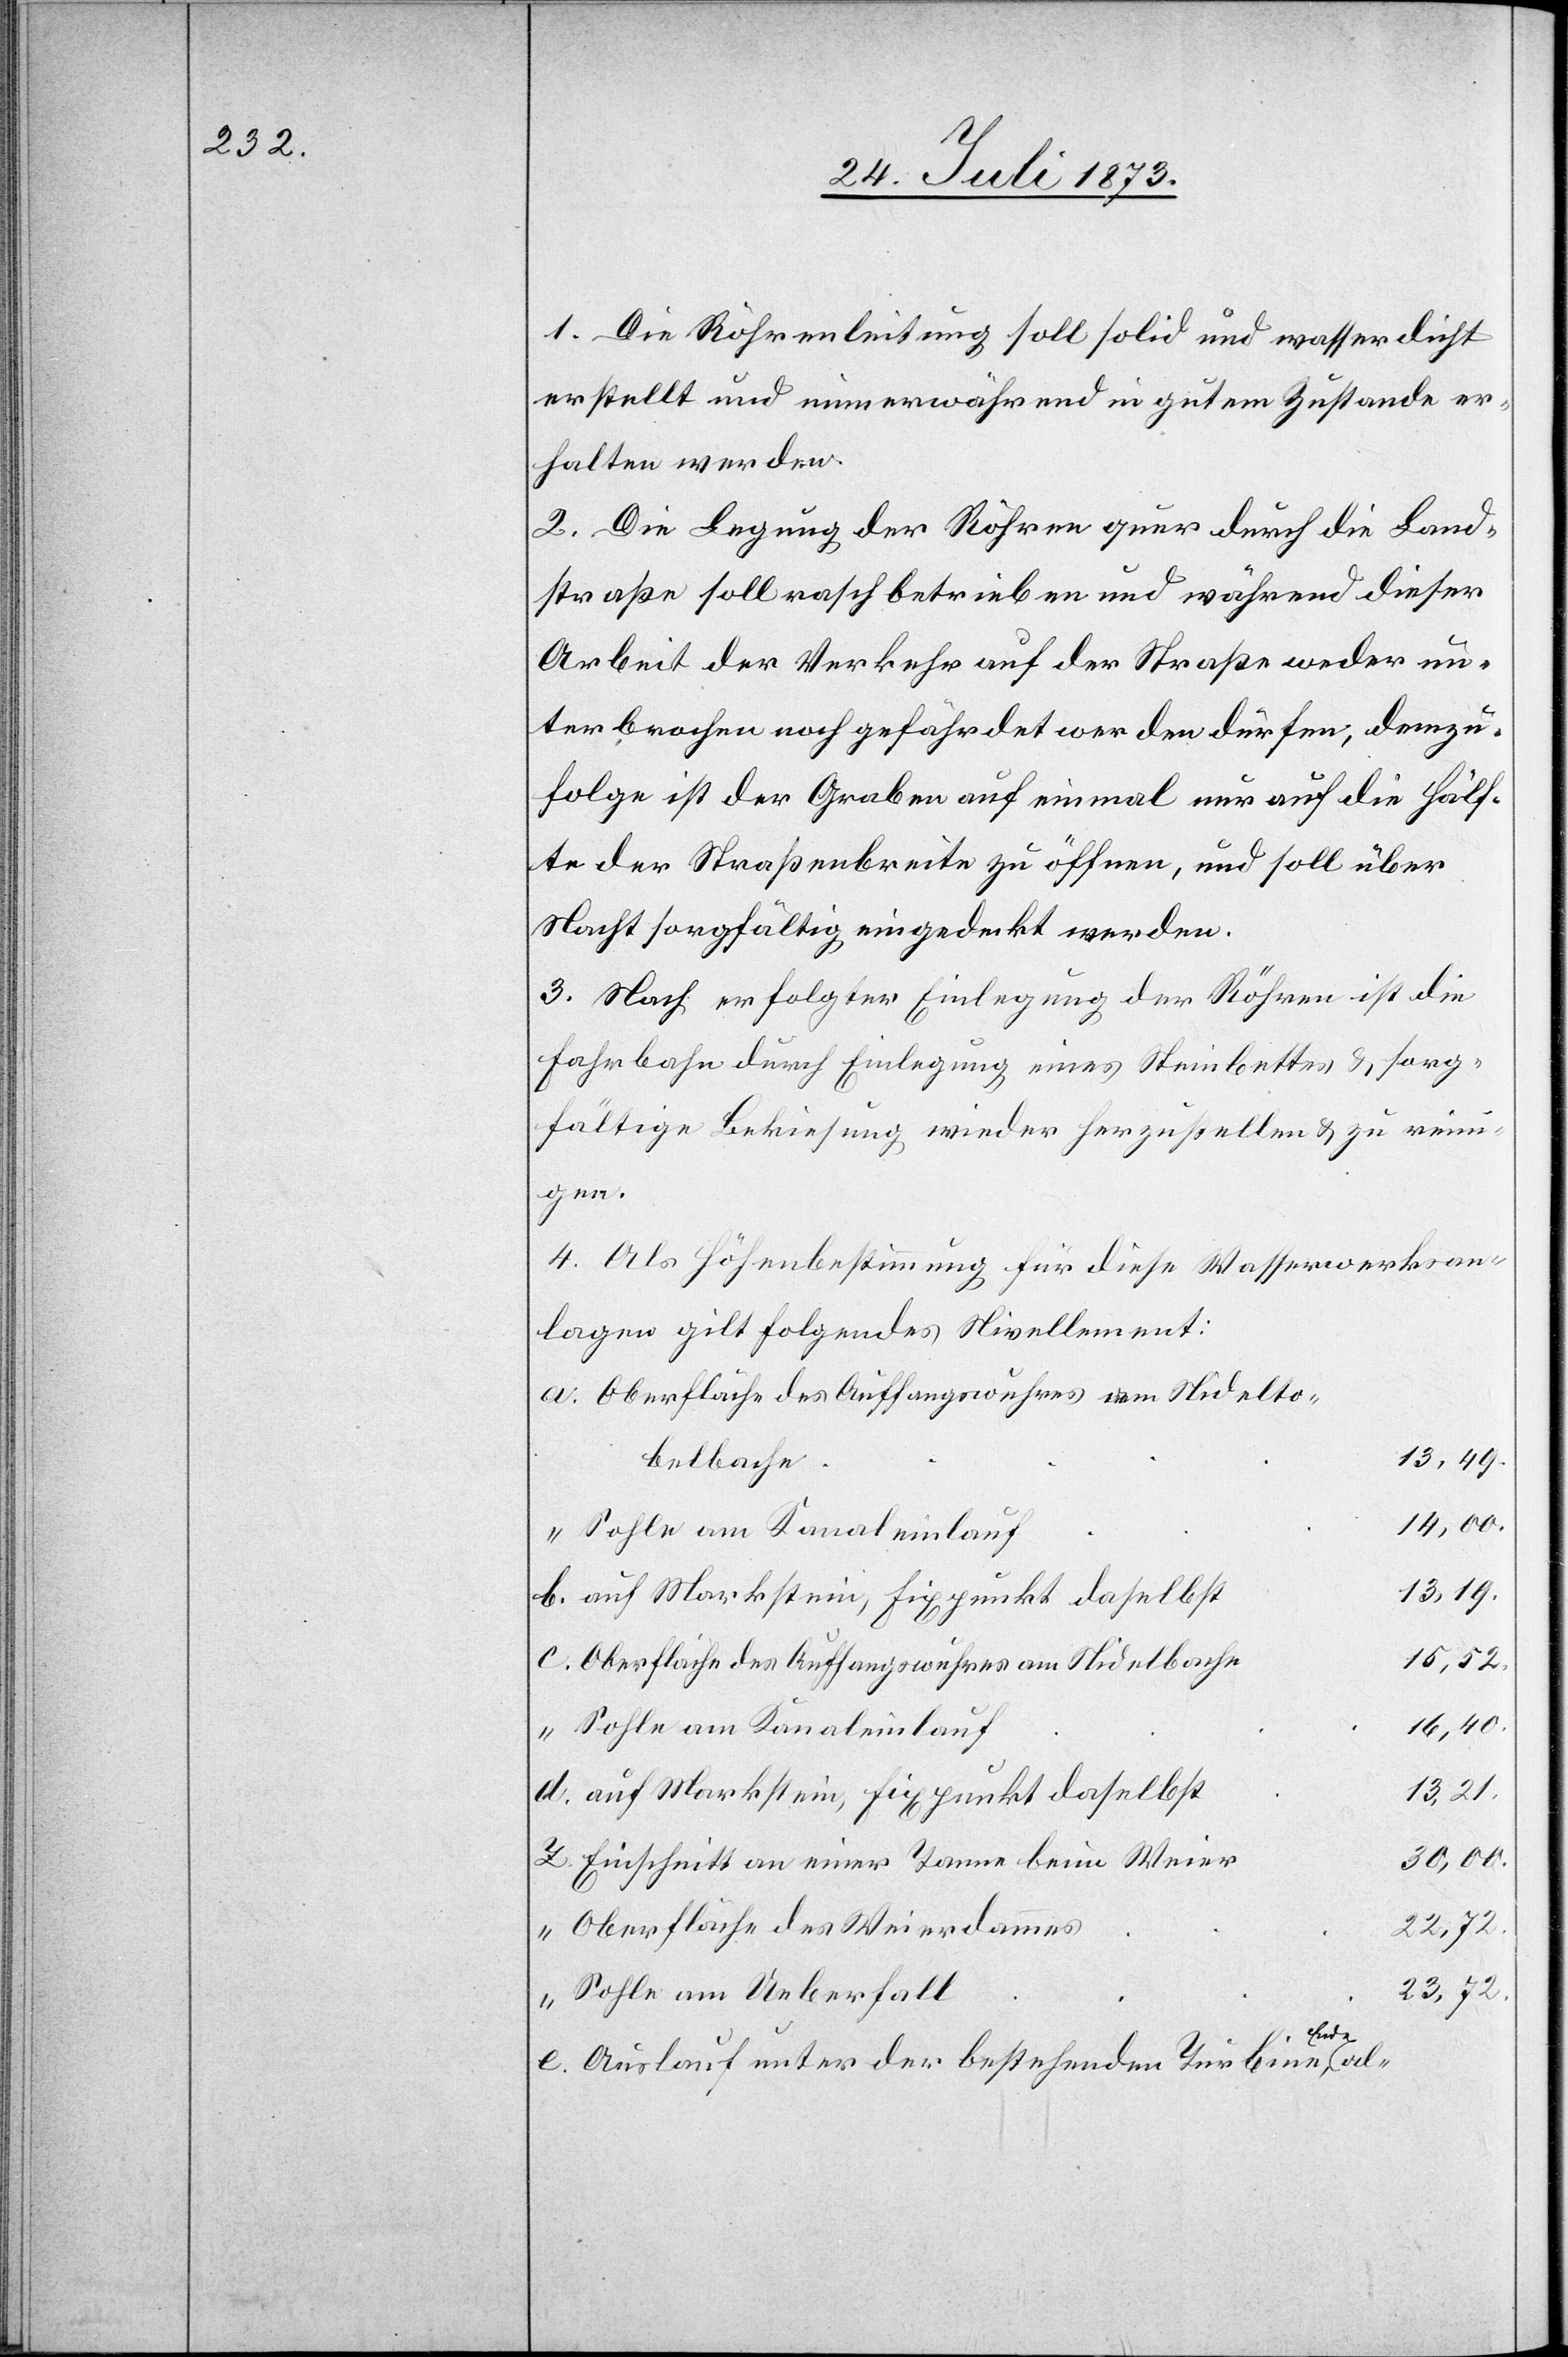
1. Die Röhrenleitung soll solid und wasserdicht
erstellt und immerwährend in gutem Zustande er¬
halten werden.
2. Die Legung der Röhren quer durch die Land¬
straße soll rasch betrieben und während dieser
Arbeit der Verkehr auf der Straße weder un¬
terbrochen noch gefährdet werden dürfen; demzu¬
folge ist der Graben auf einmal nur auf die Hälf¬
te der Straßenbreite zu öffnen, und soll über
Nacht sorgfältig eingedeckt werden.
3. Nach erfolgter Einlegung der Röhren ist die
Fahrbahn durch Einlegung eines Steinbettes & sorg¬
fältige Bekiesung wieder herzustellen & zu reini¬
gen.
4. Als Höhenbestimmung für diese Wasserwerksan¬
lagen gilt folgendes Nivellement:
Oberfläche des Auffangswuhres am Nidelto¬
13,49.
belbache
14,00.
Sohle am Kanaleinlauf
13,19.
15,52.
Oberfläche des Auffangswuhres am Nidelbache
16,40.
13,21.
auf Markstein, Fixpunkt daselbst
30,00.
Einschnitt an einer Tanne beim Weier
Oberfläche des Weierdammes
23,72.
Sohle am Ueberfall
Ende
e.
Auslauf unter der bestehenden Turbine,